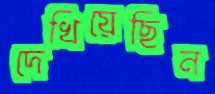
দেখিয়েছিন